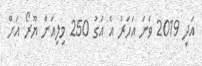
އަދި 2019 ވަނަ އަހަރު އެ އަގު 250 މިލިއަން ޔޫރޯ އަށް